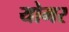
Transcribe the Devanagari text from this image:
योमर